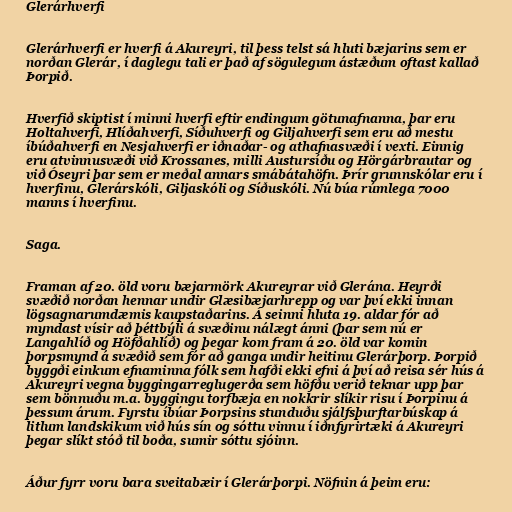
Glerárhverfi

Glerárhverfi er hverfi á Akureyri, til þess telst sá hluti bæjarins sem er
norðan Glerár, í daglegu tali er það af sögulegum ástæðum oftast kallað
Þorpið.

Hverfið skiptist í minni hverfi eftir endingum götunafnanna, þar eru
Holtahverfi, Hlíðahverfi, Síðuhverfi og Giljahverfi sem eru að mestu
íbúðahverfi en Nesjahverfi er iðnaðar- og athafnasvæði í vexti. Einnig
eru atvinnusvæði við Krossanes, milli Austursíðu og Hörgárbrautar og
við Óseyri þar sem er meðal annars smábátahöfn. Þrír grunnskólar eru í
hverfinu, Glerárskóli, Giljaskóli og Síðuskóli. Nú búa rúmlega 7000
manns í hverfinu.

Saga.

Framan af 20. öld voru bæjarmörk Akureyrar við Glerána. Heyrði
svæðið norðan hennar undir Glæsibæjarhrepp og var því ekki innan
lögsagnarumdæmis kaupstaðarins. Á seinni hluta 19. aldar fór að
myndast vísir að þéttbýli á svæðinu nálægt ánni (þar sem nú er
Langahlíð og Höfðahlíð) og þegar kom fram á 20. öld var komin
þorpsmynd á svæðið sem fór að ganga undir heitinu Glerárþorp. Þorpið
byggði einkum efnaminna fólk sem hafði ekki efni á því að reisa sér hús á
Akureyri vegna byggingarreglugerða sem höfðu verið teknar upp þar
sem bönnuðu m.a. byggingu torfbæja en nokkrir slíkir risu í Þorpinu á
þessum árum. Fyrstu íbúar Þorpsins stunduðu sjálfsþurftarbúskap á
litlum landskikum við hús sín og sóttu vinnu í iðnfyrirtæki á Akureyri
þegar slíkt stóð til boða, sumir sóttu sjóinn.

Áður fyrr voru bara sveitabæir í Glerárþorpi. Nöfnin á þeim eru: